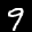
Label: 9